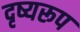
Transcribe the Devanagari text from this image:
दृष्यरूप